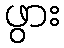
ဖွား